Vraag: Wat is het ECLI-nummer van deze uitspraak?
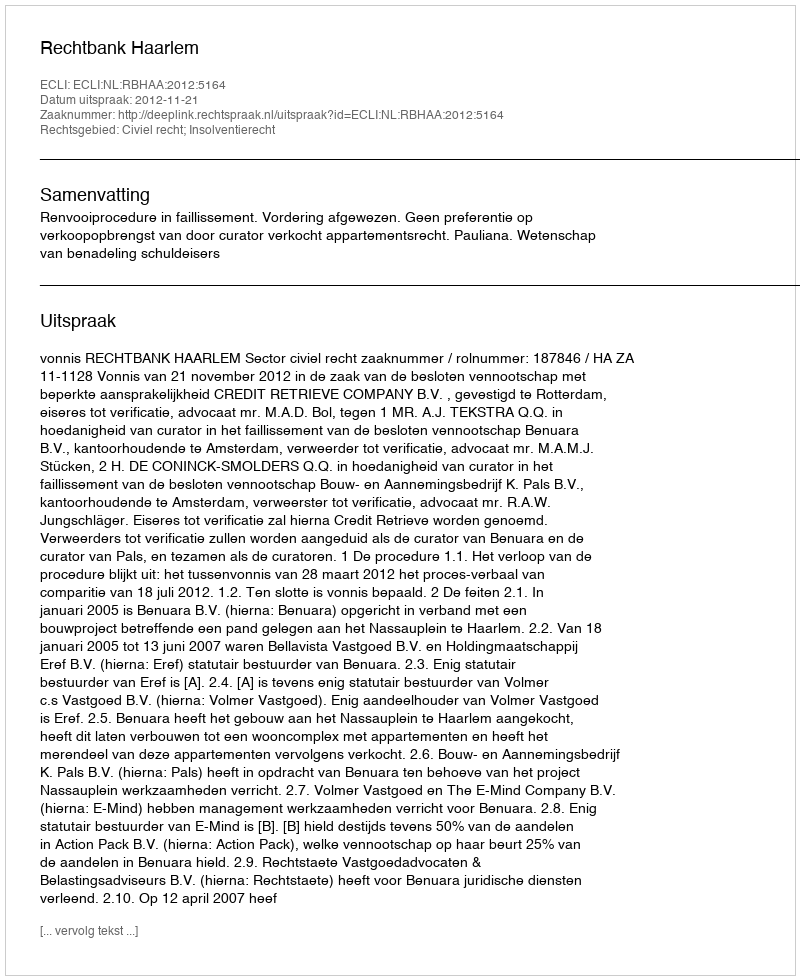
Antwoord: ECLI:NL:RBHAA:2012:5164